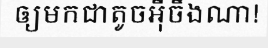
ឲ្យមកជាតូចអ៊ីចឹងណា!